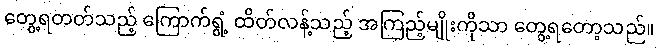
တွေ့ရတတ်သည့် ကြောက်ရွံ့ ထိတ်လန့်သည့် အကြည့်မျိုးကိုသာ တွေ့ရတော့သည်။